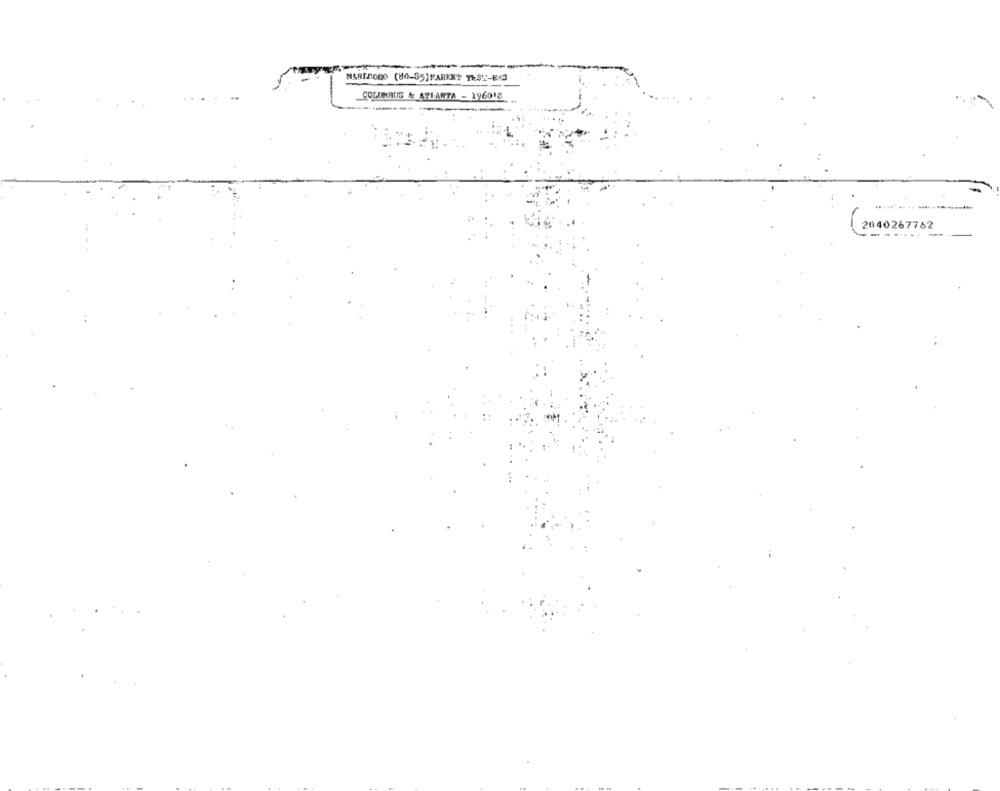
COLUMBUS & ATLANTA - 196018
2040267782
.......